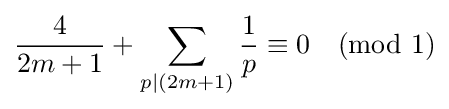
{\frac {4}{2m+1}}+\sum _{p|(2m+1)}{\frac {1}{p}}\equiv 0{\pmod {1}}